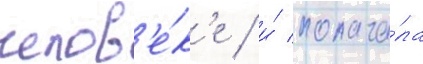
челов'е́к'е / и́ полага́ла